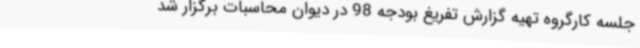
جلسه کارگروه تهیه گزارش تفریغ بودجه 98 در دیوان محاسبات برگزار شد